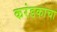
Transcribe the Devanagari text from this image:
करंडकाचा